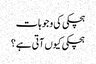
ہچکی کی وجوہات
ہچکی کیوں آتی ہے؟